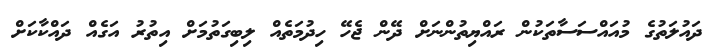
ދައުލަތުގެ މުއައްސަސާތަކުން ރައްޔިތުންނަށް ދޭން ޖެހޭ ހިދުމަތެއް ލިބިގަތުމަށް އިތުރު އަގެއް ދައްކާކަށް